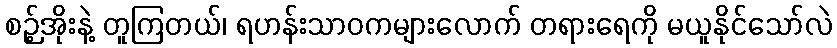
စဉ့်အိုးနဲ့ တူကြတယ်၊ ရဟန်းသာဝကများလောက် တရားရေကို မယူနိုင်သော်လဲ